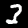
Digit: 3